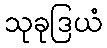
သုခုဒြယံ